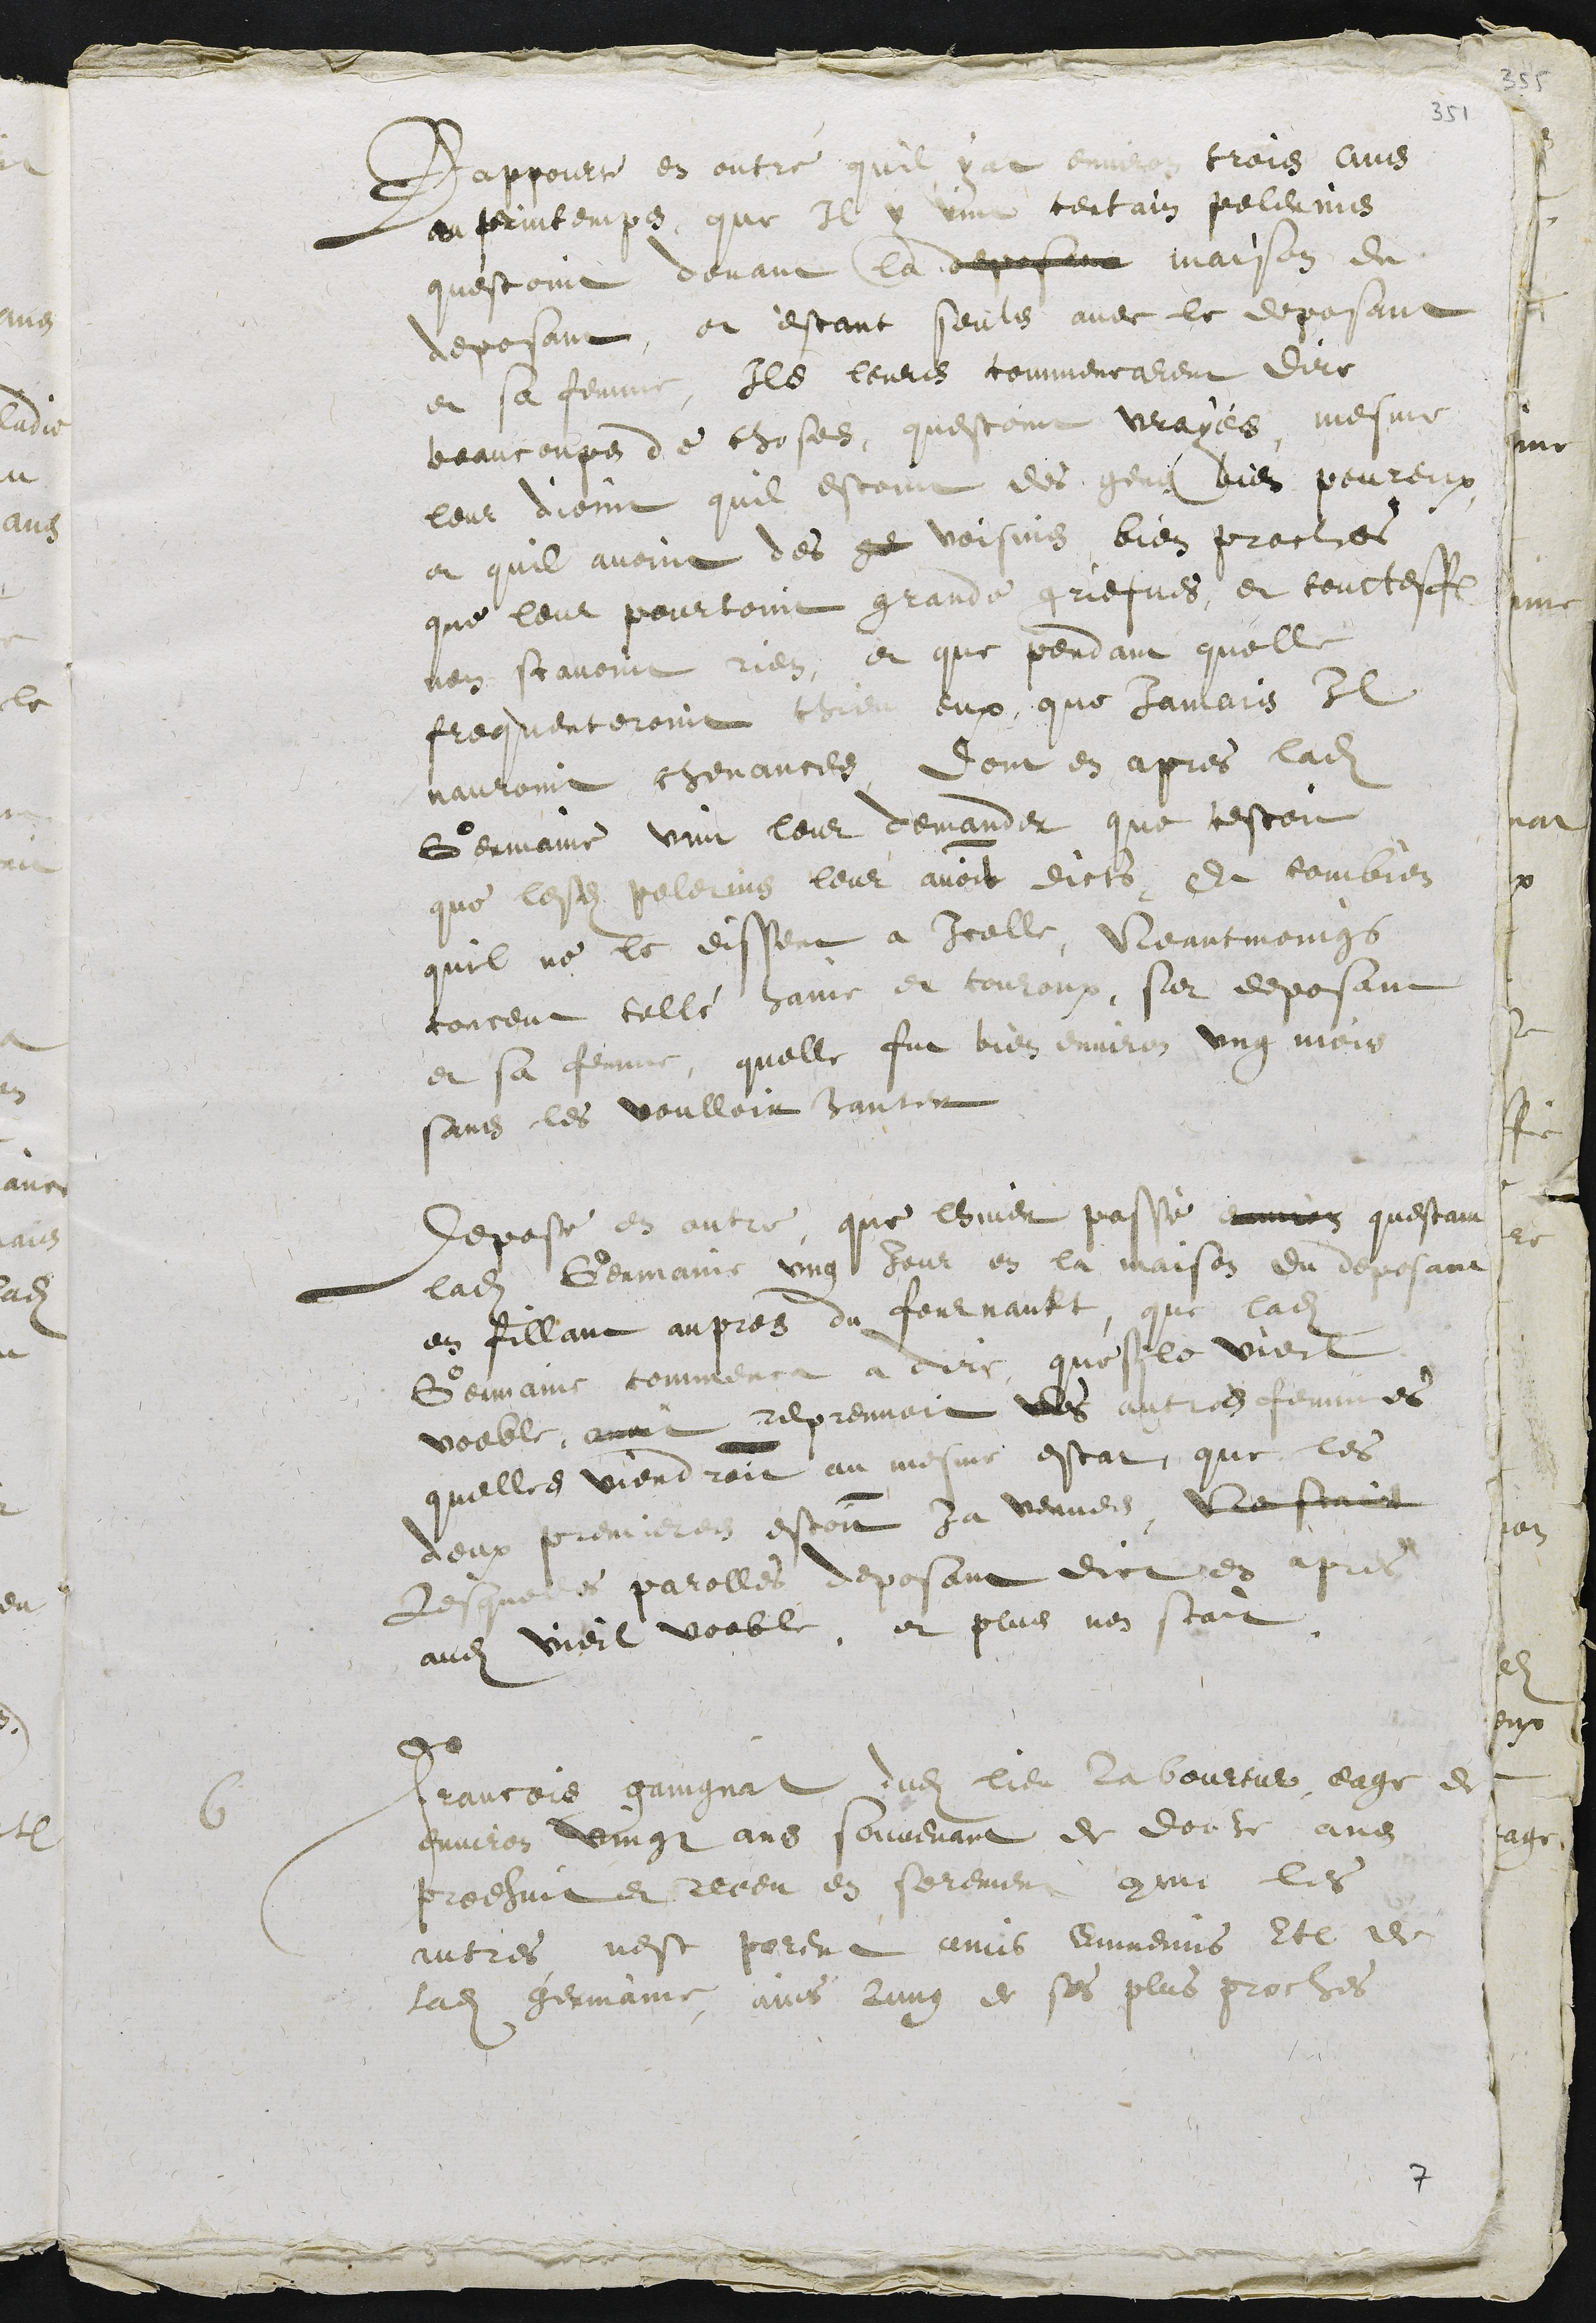
Rappourte en outre quil y at environ trois ans
au printemps que Il y vint certain pelerins
questoint devant la deposant maison du
deposant, et estant seuls avec le deposant
et sa femme, Ils leurs commencarent dire
beaucoups de choses, questoint vrayes mesme
leur dioint quil estoint des genz bien peureux
et quil avoint des ge voisins bien proches
que leur pourtoint grande griefves, et toutteffois
nen scavoint rien, et que pendant quelle
frequenteroint chieu eux, que Jamais Il
nauroint chevances, dont en apres ladite
Germaine vint leur demander que cestoit
que lesdits pelerins leur avoir dicts, Et combien
quil ne le dissent a icelle, Neantmoings
conceut telle haine et couroux, sur deposant
et sa femme, quelle fut bien environ ung mois
sans les voulloir hanter
Depose en outre que lhiver passé environ questant
ladite Germaine ung jour en la maison du deposant
et fillant aupres du fournault, que ladite
Germaine commenca a dire que si le vieil
voeble avoit reprennoit des autres femmes
quelles viendroit au mesme estat, que les
deux premieres estoint ja venues, Ne scait
Lesquelles parolles deposant dict en apres
audit vieil voeble, et plus nen scait.
6
Francois gaingnat dudit lieu laboureur, eage de
environ vingt ans souvenant de douze ans
prodhuit et receu en serement comme les
autres nest parent amis ennemis etc de
ladite Germaine, ains lung de ses plus proches

7